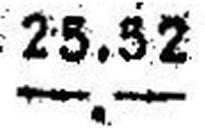
—.—